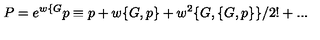
P = e ^ { w \{ G } p \equiv p + w \{ G , p \} + w ^ { 2 } \{ G , \{ G , p \} \} / 2 ! + . . .